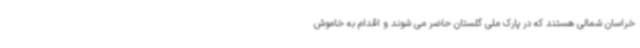
خراسان شمالی هستند که در پارک ملی گلستان حاضر می شوند و اقدام به خاموش